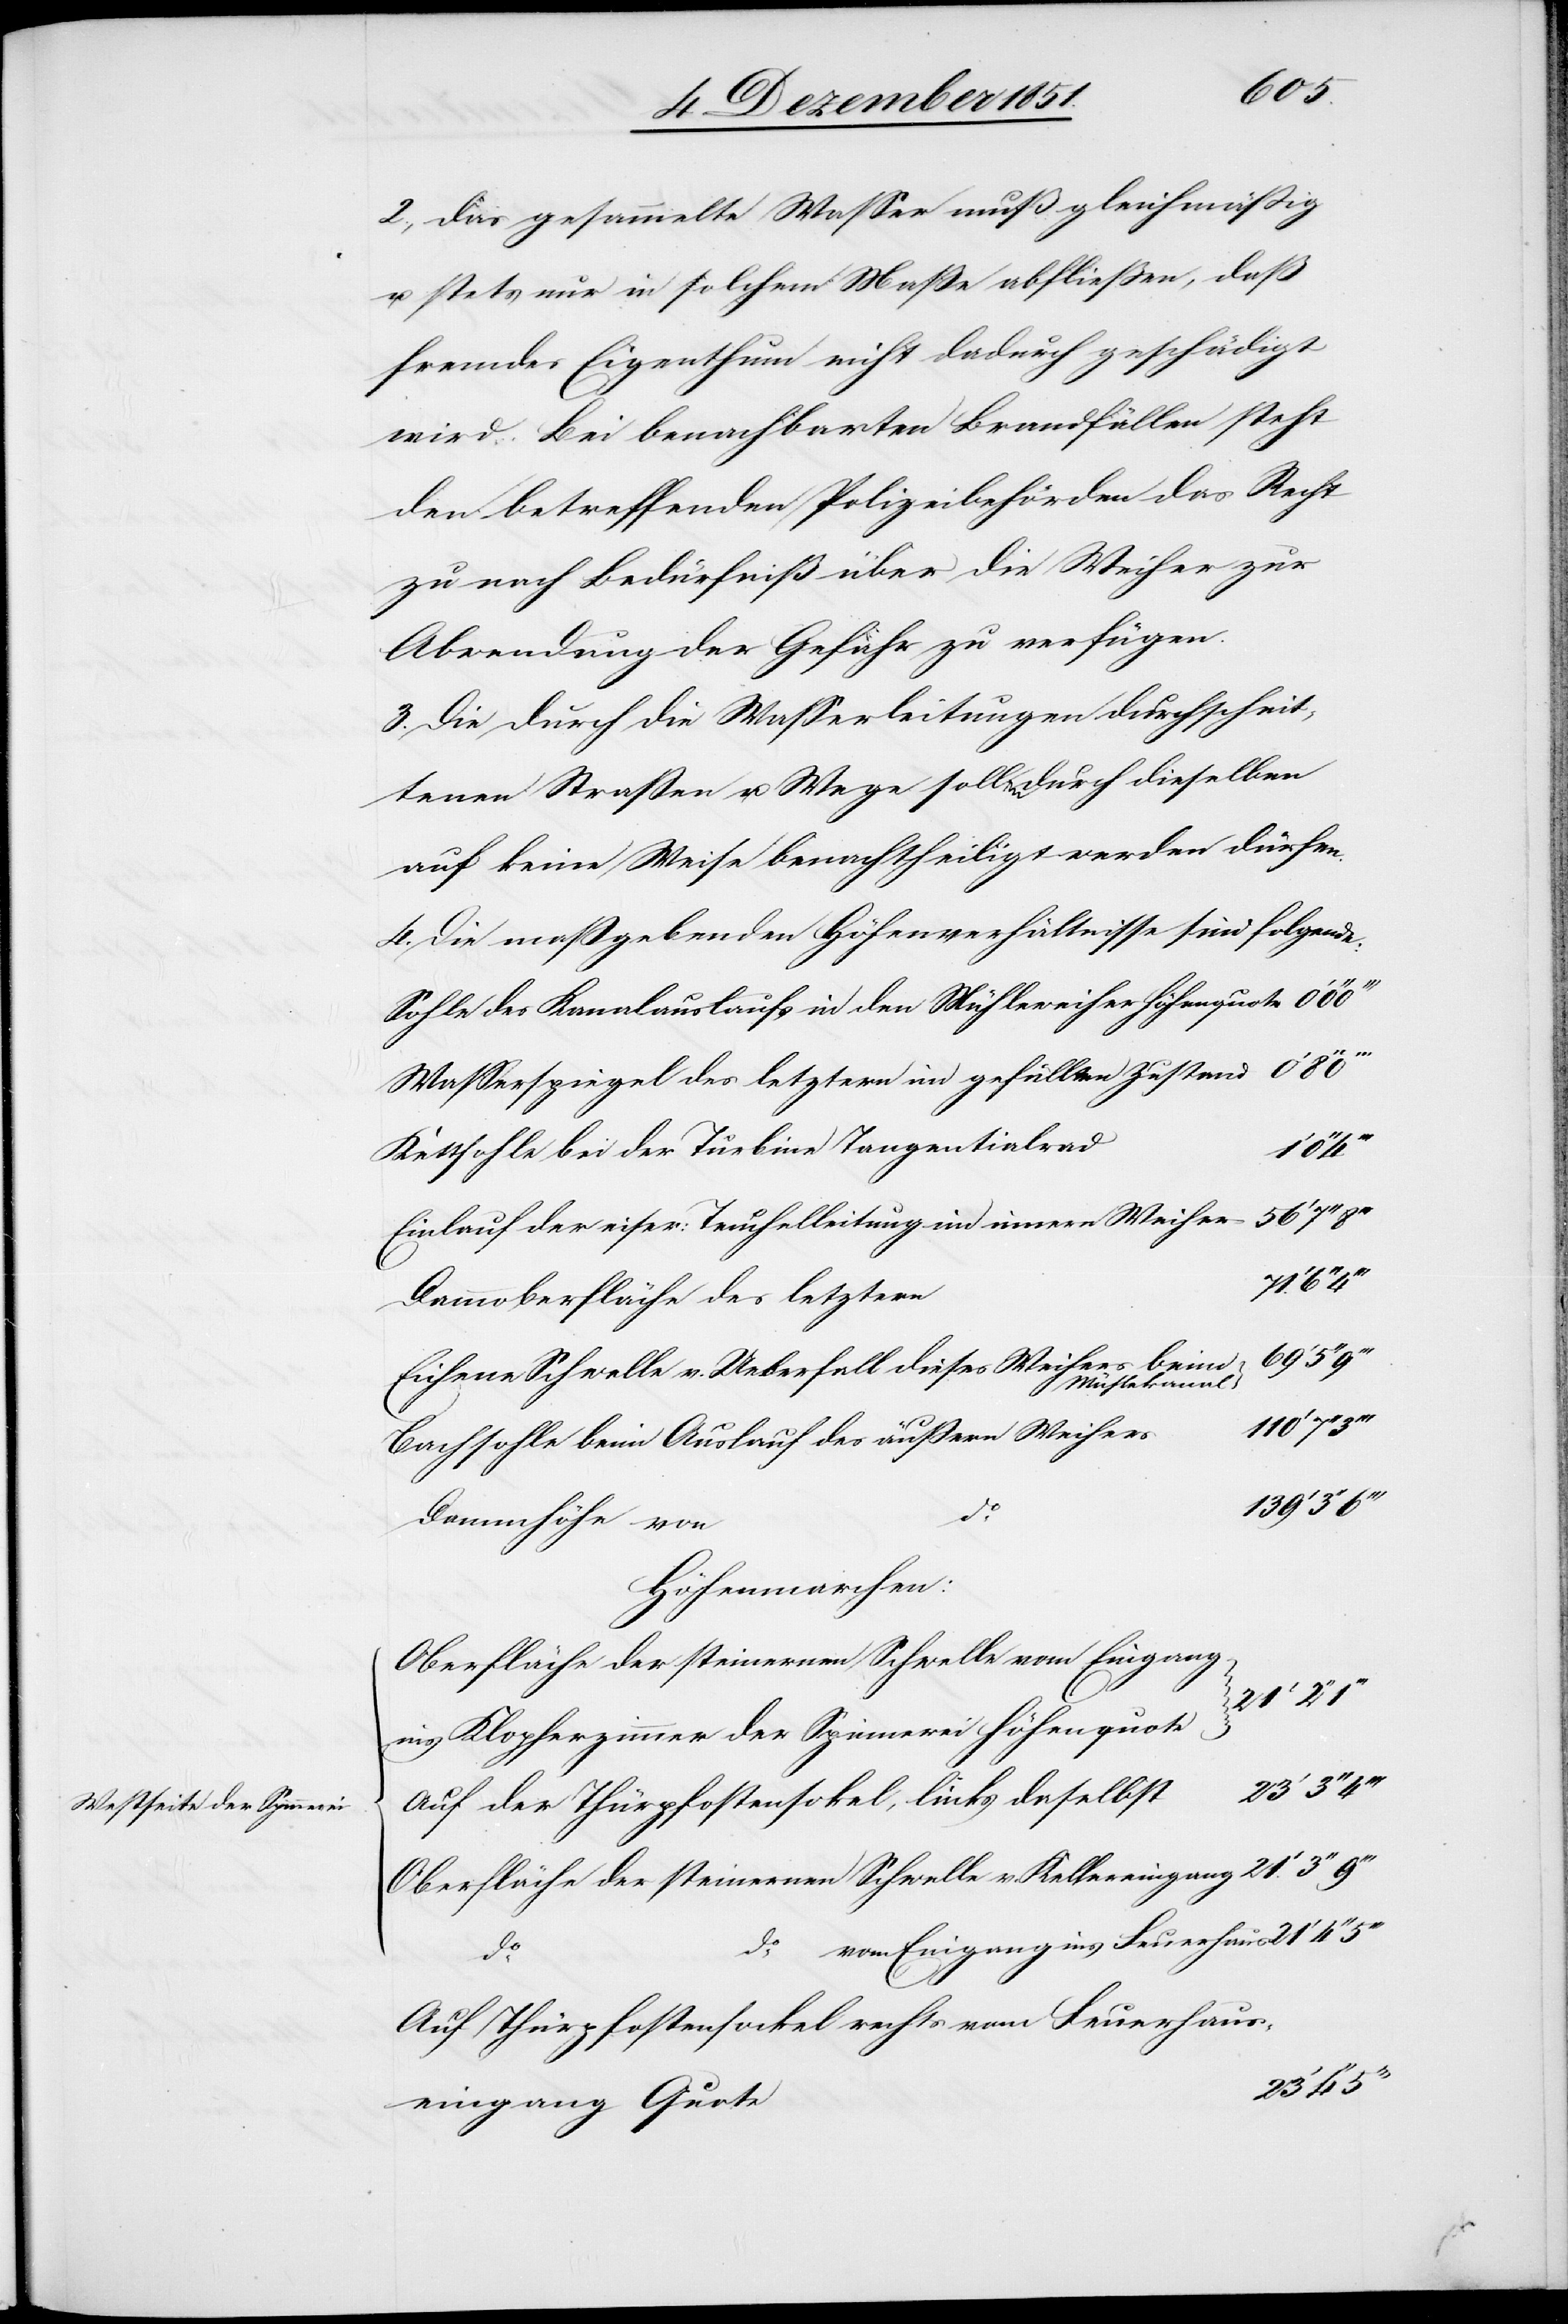
Westseite der Spin¬

2., das gesammelte Wasser muß gleichmäßig
u. stets nur in solchem Maße abfließen, daß
fremdes Eigenthum nicht dadurch geschädigt
wird. Bei benachbarten Brandfällen steht
den betreffenden Polizeibehörden das Recht
zu nach Bedürfniß über die Weiher zur
Abwendung der Gefahr zu verfügen.
3. Die durch die Wasserleitungen durchschnit¬
tenen Straßen u. Wege sollen durch dieselben
auf keine Weise benachtheiligt werden dürfen.
4. Die maßgebenden Höhenverhältnisse sind folgende:
Sohle des Kanalauslaufs in den Mühleweiher Höhenquote
Wasserspiegel des letztern im gefüllten Zustand
Kettsohle bei der Turbine Tangentialrad
139‘
Einlauf der eiser: Teuchelleitung im innern Weiher
Dammoberfläche des letztern
Eichene Schwelle v. Ueberfall dieses Weihers bei¬
m Mühlekanal
nerei.
Bachsohle beim Auslauf des äußern Weihers
Dammhöhe von
Höhenmarchen:
Oberfläche der steinernen Schwelle vom Eingang
ins Klopferzimmer der Spinnerei Höhenquote
Auf der Thürpfostenso[c]kel, links daselbst
Oberfläche der steinernen Schwelle v. Kellereingang
do. vom Eingang ins Feuerhaus
do.
Auf Thürpfostensockel rechts vom Feuerhaus¬
eingang Quote